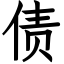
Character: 债